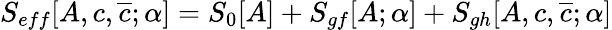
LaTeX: S_{eff}[A,c,\overline{{{c}}};\alpha]=S_{0}[A]+S_{gf}[A;\alpha]+S_{gh}[A,c,\overline{{{c}}};\alpha]